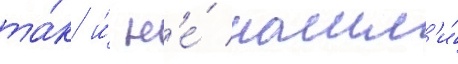
та́к и́ н'е́ нашл'и́